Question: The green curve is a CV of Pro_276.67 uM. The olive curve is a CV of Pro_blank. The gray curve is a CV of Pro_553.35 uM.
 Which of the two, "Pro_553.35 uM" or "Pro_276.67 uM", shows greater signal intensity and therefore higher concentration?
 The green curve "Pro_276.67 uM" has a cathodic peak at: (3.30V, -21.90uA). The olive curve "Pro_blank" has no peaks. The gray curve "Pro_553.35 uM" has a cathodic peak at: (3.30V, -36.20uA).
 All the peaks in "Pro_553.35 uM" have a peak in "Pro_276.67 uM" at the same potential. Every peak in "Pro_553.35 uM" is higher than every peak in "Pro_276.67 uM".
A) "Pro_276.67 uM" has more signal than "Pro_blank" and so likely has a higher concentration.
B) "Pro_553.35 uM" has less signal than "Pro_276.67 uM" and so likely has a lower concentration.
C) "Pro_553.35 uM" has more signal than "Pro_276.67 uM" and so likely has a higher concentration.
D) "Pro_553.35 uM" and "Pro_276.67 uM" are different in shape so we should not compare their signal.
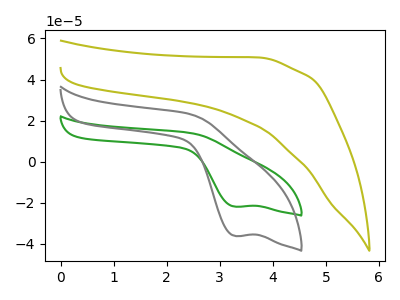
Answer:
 <answer>C) "Pro_553.35 uM" has more signal than "Pro_276.67 uM" and so likely has a higher concentration.</answer>
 <eval>C</eval>